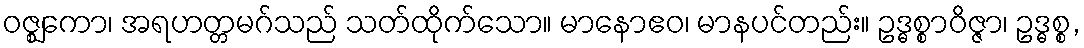
ဝဇ္ဈကော၊ အရဟတ္တမဂ်သည် သတ်ထိုက်သော။ မာနောဧဝ၊ မာနပင်တည်း။ ဥဒ္ဓစ္စာဝိဇ္ဇာ၊ ဥဒ္ဓစ္စ,